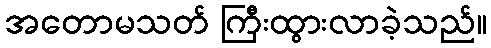
အတောမသတ် ကြီးထွားလာခဲ့သည်။